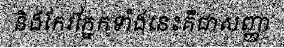
និងកែវភ្នែកទាំងនេះគឺជាសញ្ញា